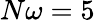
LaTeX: N\omega=5